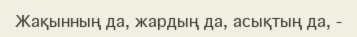
Жақынның да, жардың да, асықтың да, -